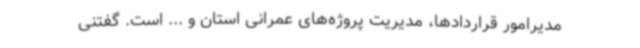
مدیرامور قراردادها، مدیریت پروژه‌های عمرانی استان و ... است. گفتنی